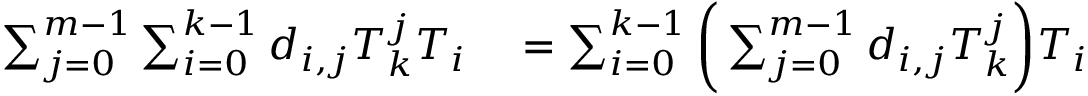
\begin{array} { r l } { \sum _ { j = 0 } ^ { m - 1 } \sum _ { i = 0 } ^ { k - 1 } d _ { i , j } T _ { k } ^ { j } T _ { i } } & { { } = \sum _ { i = 0 } ^ { k - 1 } \bigg ( \sum _ { j = 0 } ^ { m - 1 } d _ { i , j } T _ { k } ^ { j } \bigg ) T _ { i } } \end{array}